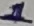
Text: 1